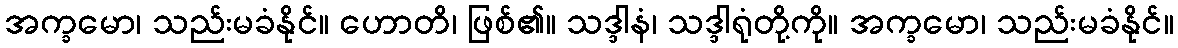
အက္ခမော၊ သည်းမခံနိုင်။ ဟောတိ၊ ဖြစ်၏။ သဒ္ဒါနံ၊ သဒ္ဒါရုံတို့ကို။ အက္ခမော၊ သည်းမခံနိုင်။